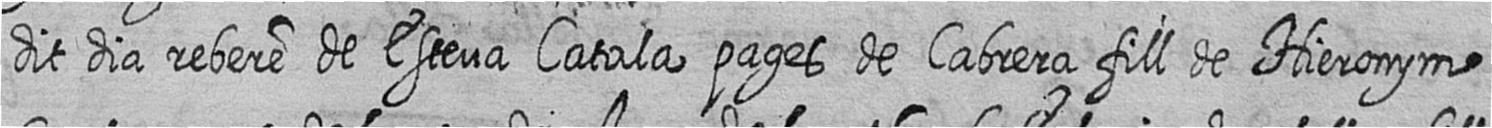
dit dia rebere de Esteva Catala pages de Cabrera fill de Hieronym